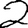
Digit: 2